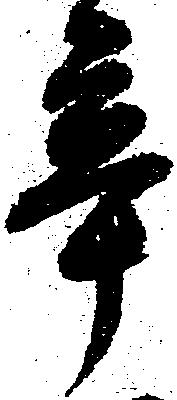
辛